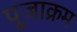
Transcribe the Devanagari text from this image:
पूजाक्रम